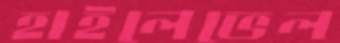
হাইলেভেল